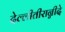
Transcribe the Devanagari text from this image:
देल्लीतीरान्नीदे